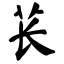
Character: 苌